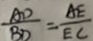
\frac { A D } { B D } = \frac { A E } { E C }